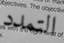
التمدد